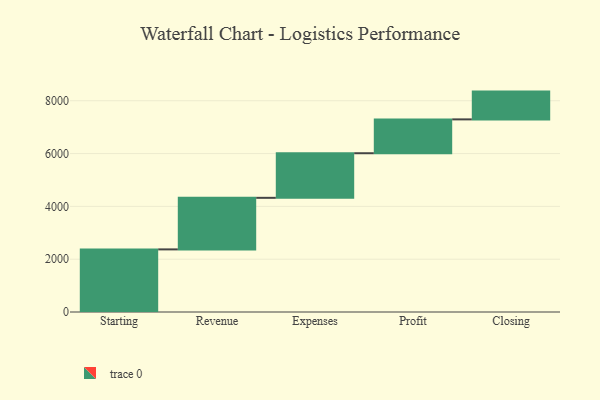
{"axis": {"x": "Step", "y": "Value"}, "legend": [""], "data": [{"x": "Starting", "y": 2371.0, "type": ""}, {"x": "Revenue", "y": 1953.0, "type": ""}, {"x": "Expenses", "y": 1689.0, "type": ""}, {"x": "Profit", "y": 1282.0, "type": ""}, {"x": "Closing", "y": 1052.0, "type": ""}]}